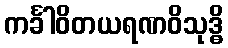
ကင်္ခါဝိတယရဏဝိသုဒ္ဓိ